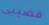
قضيبى